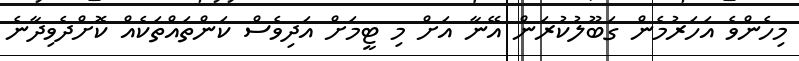
މިހެންވެ އަހަރުމެން ގަބޫލުކުރަން އޭނާ އަށް މި ޓީމަށް އަދިވެސް ކަންތައްތަކެއް ކޮށްދެވިދާނެ